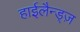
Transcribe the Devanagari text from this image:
हाईलैन्ड्ज़